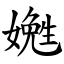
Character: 嬎